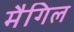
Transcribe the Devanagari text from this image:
मैगिल